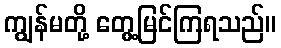
ကျွန်မတို့ တွေ့မြင်ကြရသည်။